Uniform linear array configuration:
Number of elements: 48
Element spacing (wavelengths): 0.75
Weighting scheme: exponential
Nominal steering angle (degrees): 15
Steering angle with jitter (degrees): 13.02
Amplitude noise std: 0.05
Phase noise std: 0.05

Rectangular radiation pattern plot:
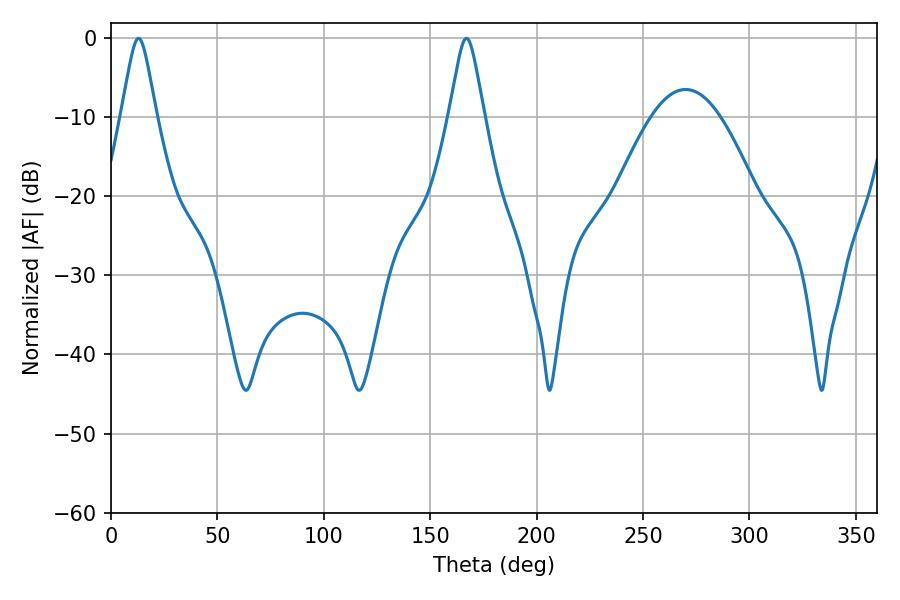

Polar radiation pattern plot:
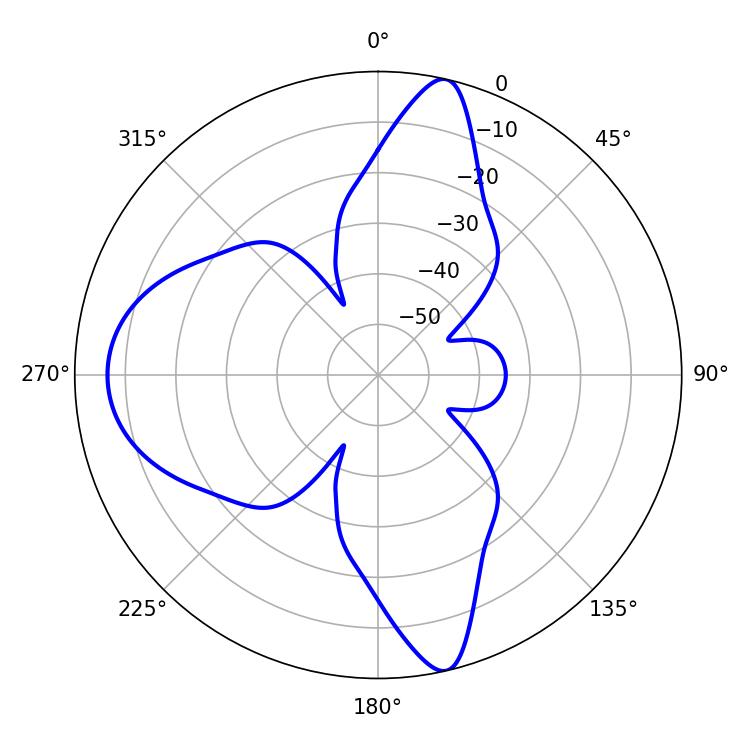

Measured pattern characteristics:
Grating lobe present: TRUE
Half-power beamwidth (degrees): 7.92
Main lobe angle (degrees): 12.96